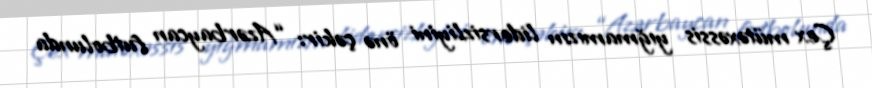
Çex mütəxəssis yığmamızın lidersizliyini önə çəkir: “Azərbaycan futbolunda